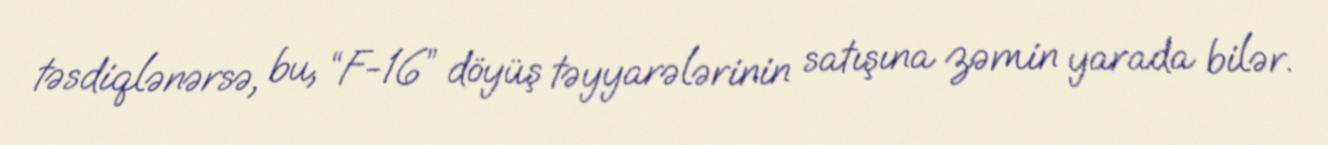
təsdiqlənərsə, bu, “F-16” döyüş təyyarələrinin satışına zəmin yarada bilər.